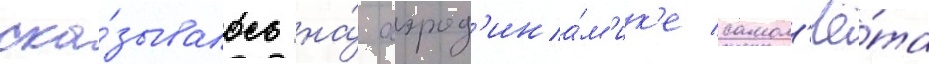
ска́зывалось на́ аэрод'ина́м'ик'е самол'ё́та